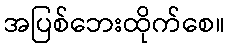
အပြစ်ဘေးထိုက်စေ။